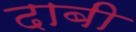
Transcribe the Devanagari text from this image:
दाबी